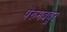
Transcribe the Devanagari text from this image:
पेरुमबवूर्